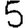
Digit: 5